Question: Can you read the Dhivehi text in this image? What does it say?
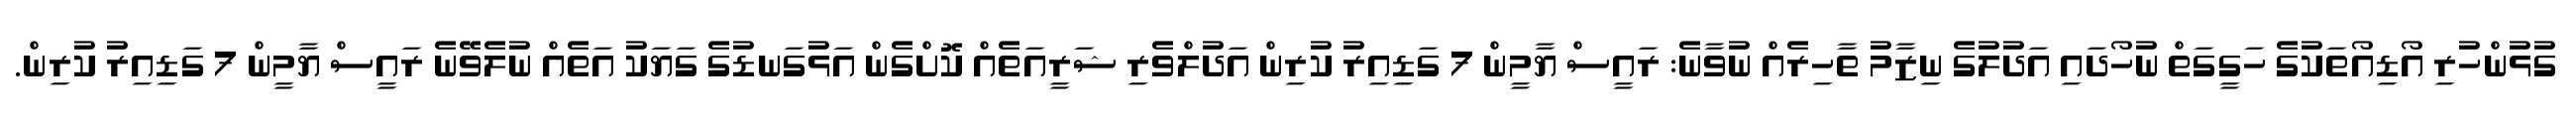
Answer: ގުޅުންހުރި އޯޑިއޯތަކުގެ ހަގީގަތް ނުހޯދައި އަދުލުގެ ނިޒާމު ތާހިރެއް ނުވާނެ: ރައީސް ޔާމީން 7 ގަޑިއިރު ކުރިން އަދުލްވެރި ޝަރީއަތެއް ކޮށްގެން އަޅުގަނޑުގެ ގަޔަކު އަތެއް ނުލެވޭނެ ރައީސް ޔާމީން 7 ގަޑިއިރު ކުރިން.